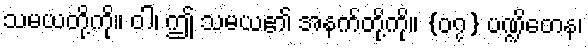
သမယတို့ကို။ ဝါ၊ ဤ သမယ၏ အနက်တို့ကို။ {၀၇} ပဏ္ဍိတေန၊